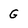
Character: G